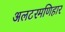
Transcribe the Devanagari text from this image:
अलटरमणिहार